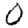
Digit: 0